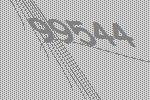
99544